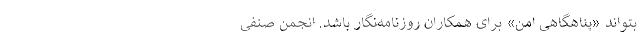
بتواند «پناهگاهی امن» برای همکاران روزنامه‌نگار باشد. انجمن صنفی